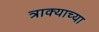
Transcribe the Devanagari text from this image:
त्राक्याच्या